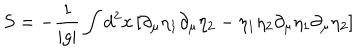
LaTeX: S = - { \frac { 1 } { | g | } } \int d ^ { 2 } x \left[ \partial _ { \mu } \eta _ { 1 } \partial _ { \mu } \eta _ { 2 } - \eta _ { 1 } \eta _ { 2 } \partial _ { \mu } \eta _ { 1 } \partial _ { \mu } \eta _ { 2 } \right]